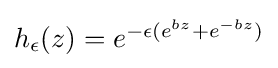
{\textstyle h_{\epsilon }(z)=e^{-\epsilon (e^{bz}+e^{-bz})}}